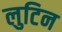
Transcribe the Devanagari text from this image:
लुटिन